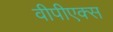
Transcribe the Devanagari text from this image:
वीपीएक्स